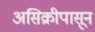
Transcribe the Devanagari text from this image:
असिक्रीपासून